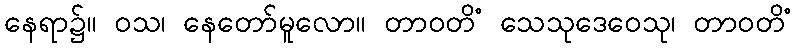
နေရာ၌။ ဝသ၊ နေတော်မူလော။ တာဝတိံ သေသုဒေဝေသု၊ တာဝတိံ